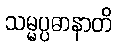
သမ္မပ္ပဓာနာတိ